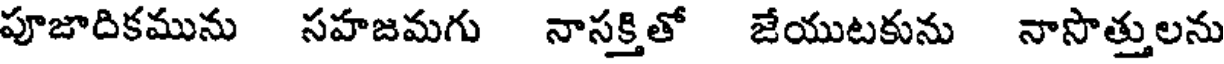
పూజాదికమును సహజమగు నాసక్తితో జేయుటకును నాసొత్తులను